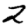
Digit: 2